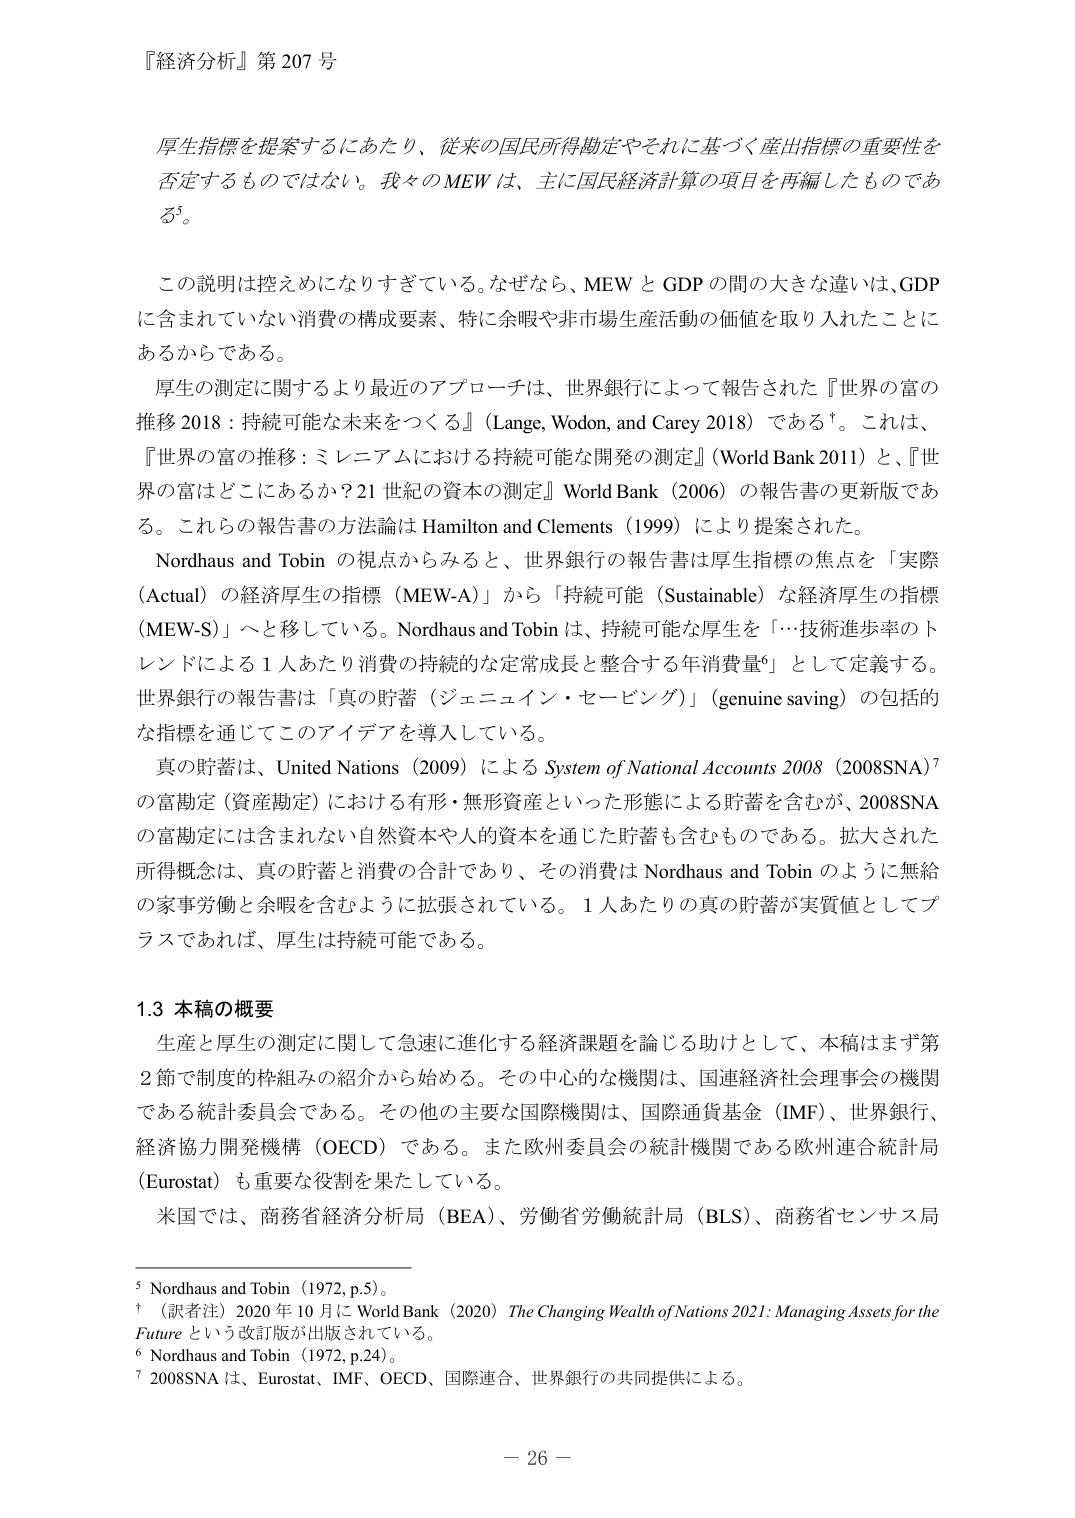
『経済分析』第 207 号

厚生指標を提案するにあたり、従来の国民所得勘定やそれに基づく産出指標の重要性を否定するものではない。我々の MEW は、主に国民経済計算の項目を再編したものである⁵。

この説明は控えめになりすぎている。なぜなら、MEW と GDP の間の大きな違いは、GDP に含まれていない消費の構成要素、特に余暇や非市場生産活動の価値を取り入れたことにあるからである。

厚生の測定に関するより最近のアプローチは、世界銀行によって報告された『世界の富の推移 2018：持続可能な未来をつくる』（Lange, Wodon, and Carey 2018）である†。これは、『世界の富の推移：ミレニアムにおける持続可能な開発の測定』（World Bank 2011）と、『世界の富はどこにあるか？21 世紀の資本の測定』World Bank（2006）の報告書の更新版である。これらの報告書の方法論は Hamilton and Clements（1999）により提案された。

Nordhaus and Tobin の視点からみると、世界銀行の報告書は厚生指標の焦点を「実際（Actual）の経済厚生の指標（MEW-A）」から「持続可能（Sustainable）な経済厚生の指標（MEW-S）」へと移している。Nordhaus and Tobin は、持続可能な厚生を「…技術進歩率のトレンドによる 1 人あたり消費の持続的な定常成長と整合する年消費量⁶」として定義する。世界銀行の報告書は「真の貯蓄（ジェニュイン・セービング）」（genuine saving）の包括的な指標を通じてこのアイデアを導入している。

真の貯蓄は、United Nations（2009）による System of National Accounts 2008（2008SNA）⁷ の富勘定（資産勘定）における有形・無形資産といった形態による貯蓄を含むが、2008SNA の富勘定には含まれない自然資本や人的資本を通じた貯蓄も含むものである。拡大された所得概念は、真の貯蓄と消費の合計であり、その消費は Nordhaus and Tobin のように無給の家事労働と余暇を含むように拡張されている。1 人あたりの真の貯蓄が実質値としてプラスであれば、厚生は持続可能である。

1.3 本稿の概要

生産と厚生の測定に関して急速に進化する経済課題を論じる助けとして、本稿はまず第 2 節で制度的枠組みの紹介から始める。その中心的な機関は、国連経済社会理事会の機関である統計委員会である。その他の主要な国際機関は、国際通貨基金（IMF）、世界銀行、経済協力開発機構（OECD）である。また欧州委員会の統計機関である欧州連合統計局（Eurostat）も重要な役割を果たしている。

米国では、商務省経済分析局（BEA）、労働省労働統計局（BLS）、商務省センサス局

⁵ Nordhaus and Tobin（1972, p.5）。
†（訳者注）2020 年 10 月に World Bank（2020）The Changing Wealth of Nations 2021: Managing Assets for the Future という改訂版が出版されている。
⁶ Nordhaus and Tobin（1972, p.24）。
⁷ 2008SNA は、Eurostat、IMF、OECD、国際連合、世界銀行の共同提供による。

－ 26 －